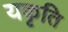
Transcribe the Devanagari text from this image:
यकृति